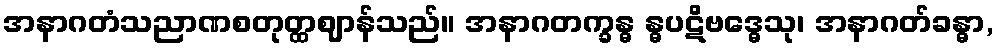
အနာဂတံသညာဏစတုတ္ထဈာန်သည်။ အနာဂတက္ခန္ဓ န္ဓပဋိဗဒ္ဓေသု၊ အနာဂတ်ခန္ဓာ,